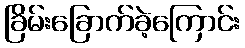
ခြိမ်းခြောက်ခဲ့ကြောင်း